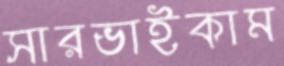
সারভাইকাম